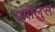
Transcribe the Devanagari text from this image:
एयोलुस